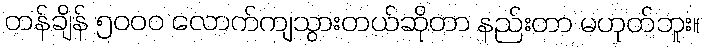
တန်ချိန် ၅၀၀၀ လောက်ကျသွားတယ်ဆိုတာ နည်းတာ မဟုတ်ဘူး။